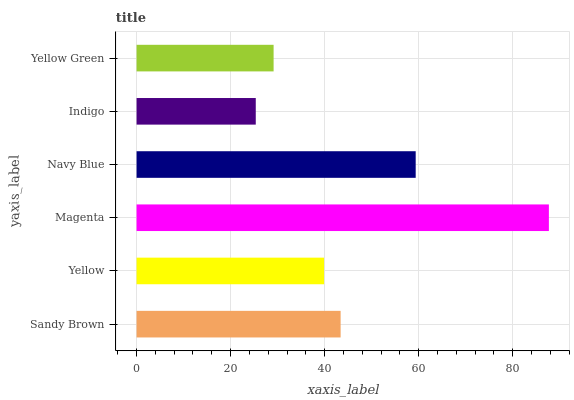
| yaxis_label | bars |
 | --- | --- |
 | Sandy Brown | 43.4 |
 | Yellow | 39.9 |
 | Magenta | 87.7 |
 | Navy Blue | 59.4 |
 | Indigo | 25.4 |
 | Yellow Green | 29.1 |